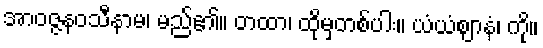
အာဝဇ္ဇနဝသီနာမ၊ မည်၏။ တထာ၊ ထိုမှတစ်ပါး။ ယံယံဈာနံ၊ ကို။